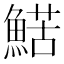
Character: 𩹜